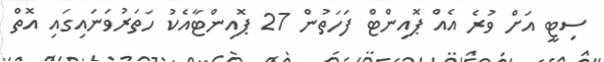
ސިޓީ އަށް ވުރެ އެއް ޕޮއިންޓް ފަހަތުން 27 ޕޮއިންޓާއެކު ހަތަރުވަނައިގައި އޮތް